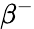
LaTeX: \beta^{-}